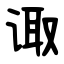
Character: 诹